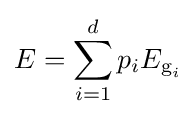
E=\sum _{i=1}^{d}p_{i}E_{{\text{g}}_{i}}